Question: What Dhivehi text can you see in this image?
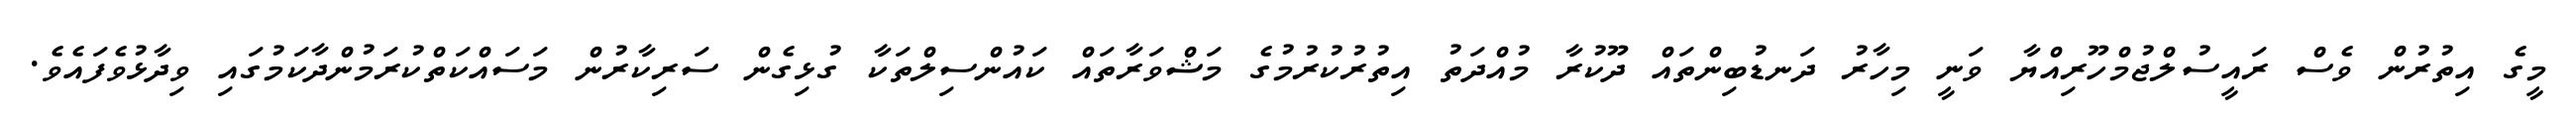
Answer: މީގެ އިތުރުން ވެސް ރައީސުލްޖުމްހޫރިއްޔާ ވަނީ މިހާރު ދަނޑުބިންތައް ދޫކުރާ މުއްދަތު އިތުރުކުރުމުގެ މަޝްވަރާތައް ކައުންސިލްތަކާ ގުޅިގެން ސަރިކާރުން މަސައްކަތްކުރަމުންދާކަމުގައި ވިދާޅުވެފައެވެ.